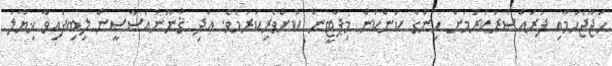
ހަޖޫޖެހުމާއި ފުރައްސާރަކުރުމަށް ހިންގާ ކަންކަން މިޕާޓީން ކުށްވެރިކުރަމެވެ. އަދި ޤާނޫނުއަސާސީން ލިބިފައިވާ ޚިޔާލު